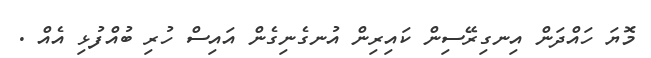
މޮޔަ ހައްދަން އިނގިރޭސިން ކައިރިން އުނގެނިގެން އައިސް ހުރި ބުއްފުޅި އެއް .